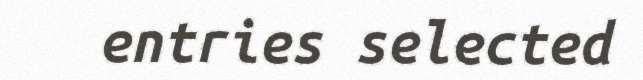
entries selected